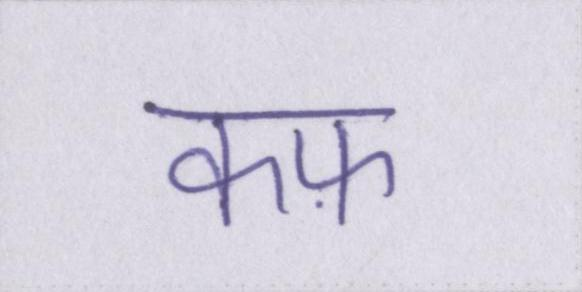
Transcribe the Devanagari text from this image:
कफ़